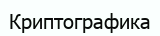
Криптографика